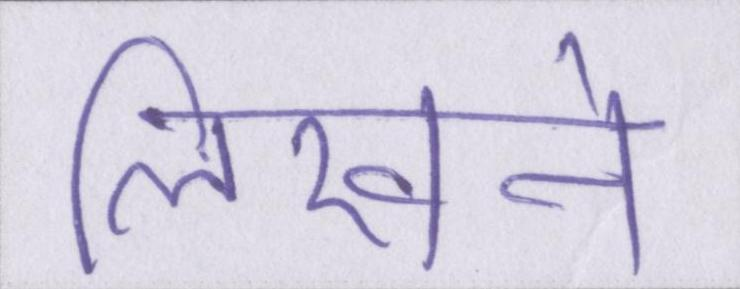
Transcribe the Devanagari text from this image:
लिखने